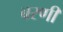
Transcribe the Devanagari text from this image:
बरणी